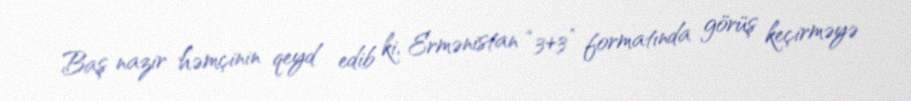
Baş nazir həmçinin qeyd edib ki, Ermənistan “3+3” formatında görüş keçirməyə